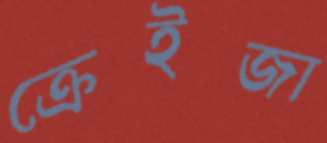
ক্রেইজা